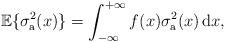
LaTeX: \begin{align*}\mathbb{E}\{\sigma_{\rm a}^2(x)\}=\int_{-\infty}^{+\infty}f(x) \sigma_{\rm a}^2(x)\, \mathrm{d}x,\end{align*}